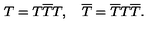
T = T \overline { { T } } T , \quad \overline { { T } } = \overline { { T } } T \overline { { T } } .